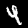
Label: 4